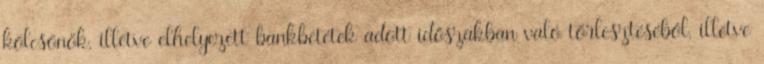
kölcsönök, illetve elhelyezett bankbetétek adott időszakban való törlesztéséből, illetve